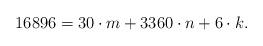
LaTeX: \begin{align*}16896 = 30 \cdot m + 3360 \cdot n + 6 \cdot k.\end{align*}